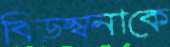
বিড়ম্বনাকে